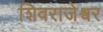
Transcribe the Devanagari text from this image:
शिवराजेश्वर